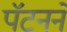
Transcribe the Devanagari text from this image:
पॅटनने